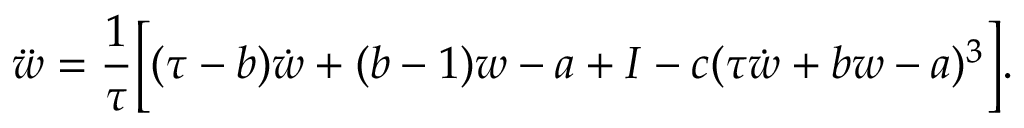
\ddot { w } = \frac { 1 } { \tau } \Big [ ( \tau - b ) \dot { w } + ( b - 1 ) w - a + I - c ( \tau \dot { w } + b w - a ) ^ { 3 } \Big ] .